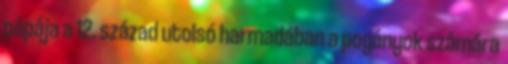
pápája a 12. század utolsó harmadában a pogányok számára